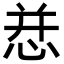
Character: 㤣